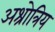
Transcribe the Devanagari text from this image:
अश्रोत्रिय